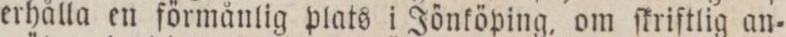
erhålla en förmånlig plats i Jönköping, om ſkriſtlig an=